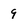
Character: 9